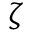
\zeta